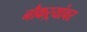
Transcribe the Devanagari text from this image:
नौकऱ्यांवर